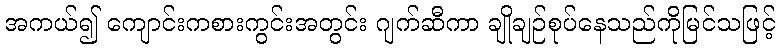
အကယ်၍ ကျောင်းကစားကွင်းအတွင်း ဂျက်ဆီကာ ချိုချဉ်စုပ်နေသည်ကိုမြင်သဖြင့်